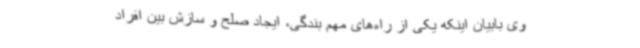
وی بابیان اینکه یکی از راه‌های مهم بندگی، ایجاد صلح و سازش بین افراد